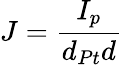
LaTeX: J=\frac{I_{p}}{d_{Pt}d}